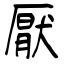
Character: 厭